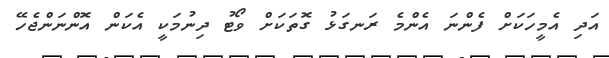
އަދި އެމީހަކަށް ފެންނަ އެންމެ ރަނގަޅު ގޮތަކަށް ވޯޓު ދިނުމަކީ އެކަން އޮންނަންޖެހޭ